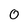
Character: 0